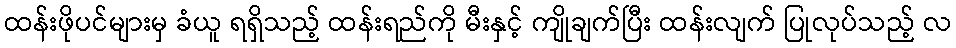
ထန်းဖိုပင်များမှ ခံယူ ရရှိသည့် ထန်းရည်ကို မီးနှင့် ကျိုချက်ပြီး ထန်းလျက် ပြုလုပ်သည့် လ